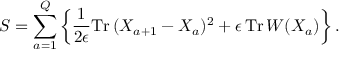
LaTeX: S = \sum _ { a = 1 } ^ { Q } \left\{ \frac { 1 } { 2 \epsilon } \mathrm { T r } \, ( X _ { a + 1 } - X _ { a } ) ^ { 2 } + \epsilon \, \mathrm { T r } \, W ( X _ { a } ) \right\} .